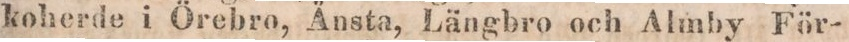
koherde i Örebro, Ånsta, Längbro och Almby För-